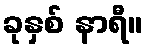
ခုနှစ် နာရီ။